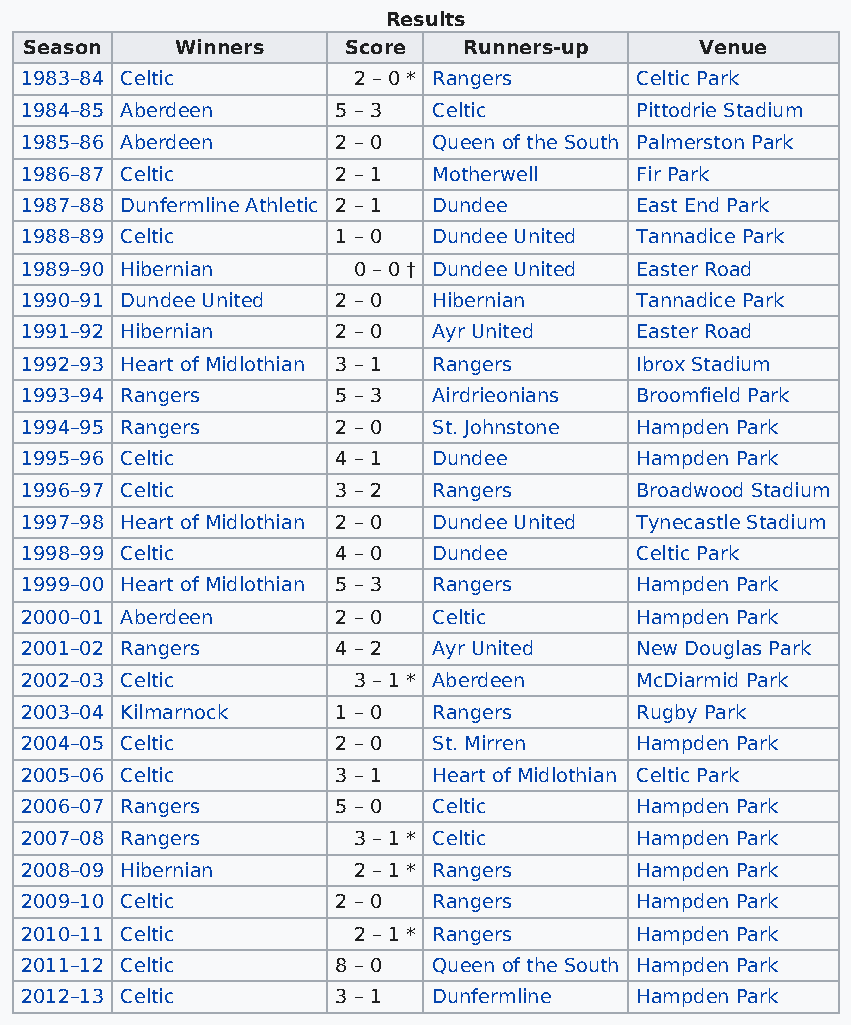
Results
 Season    Winners    Score   Runners-up     Venue
 1983–84 Celtic        2 – 0 * Rangers    Celtic Park
 1984–85 Aberdeen     5 – 3  Celtic       Pittodrie Stadium
 1985–86 Aberdeen     2 – 0  Queen of the South Palmerston Park
 1986–87 Celtic       2 – 1  Motherwell   Fir Park
 1987–88 Dunfermline Athletic 2 – 1 Dundee East End Park
 1988–89 Celtic       1 – 0  Dundee United Tannadice Park
 1989–90 Hibernian     0 – 0 † Dundee United Easter Road
 1990–91 Dundee United 2 – 0 Hibernian    Tannadice Park
 1991–92 Hibernian    2 – 0  Ayr United   Easter Road
 1992–93 Heart of Midlothian 3 – 1 Rangers Ibrox Stadium
 1993–94 Rangers      5 – 3  Airdrieonians Broomfield Park
 1994–95 Rangers      2 – 0  St. Johnstone Hampden Park
 1995–96 Celtic       4 – 1  Dundee       Hampden Park
 1996–97 Celtic       3 – 2  Rangers      Broadwood Stadium
 1997–98 Heart of Midlothian 2 – 0 Dundee United Tynecastle Stadium
 1998–99 Celtic       4 – 0  Dundee       Celtic Park
 1999–00 Heart of Midlothian 5 – 3 Rangers Hampden Park
 2000–01 Aberdeen     2 – 0  Celtic       Hampden Park
 2001–02 Rangers      4 – 2  Ayr United   New Douglas Park
 2002–03 Celtic        3 – 1 * Aberdeen   McDiarmid Park
 2003–04 Kilmarnock   1 – 0  Rangers      Rugby Park
 2004–05 Celtic       2 – 0  St. Mirren   Hampden Park
 2005–06 Celtic       3 – 1  Heart of Midlothian Celtic Park
 2006–07 Rangers      5 – 0  Celtic       Hampden Park
 2007–08 Rangers       3 – 1 * Celtic     Hampden Park
 2008–09 Hibernian     2 – 1 * Rangers    Hampden Park
 2009–10 Celtic       2 – 0  Rangers      Hampden Park
 2010–11 Celtic        2 – 1 * Rangers    Hampden Park
 2011–12 Celtic       8 – 0  Queen of the South Hampden Park
 2012–13 Celtic       3 – 1  Dunfermline  Hampden Park